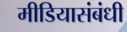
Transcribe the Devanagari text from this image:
मीडियासंबंधी